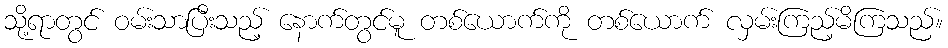
သို့ရာတွင် ဝမ်းသာပြီးသည့် နောက်တွင်မူ တစ်ယောက်ကို တစ်ယောက် လှမ်းကြည့်မိကြသည်။